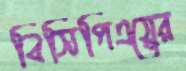
বিসিপিএয়ের